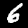
Label: 6